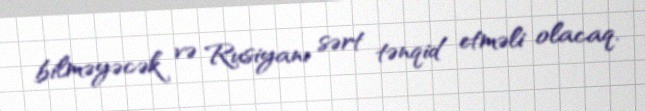
bilməyəcək və Rusiyanı sərt tənqid etməli olacaq.